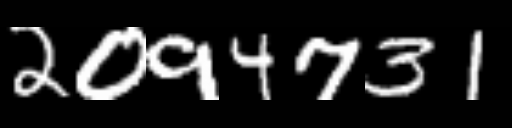
Text: 2094731